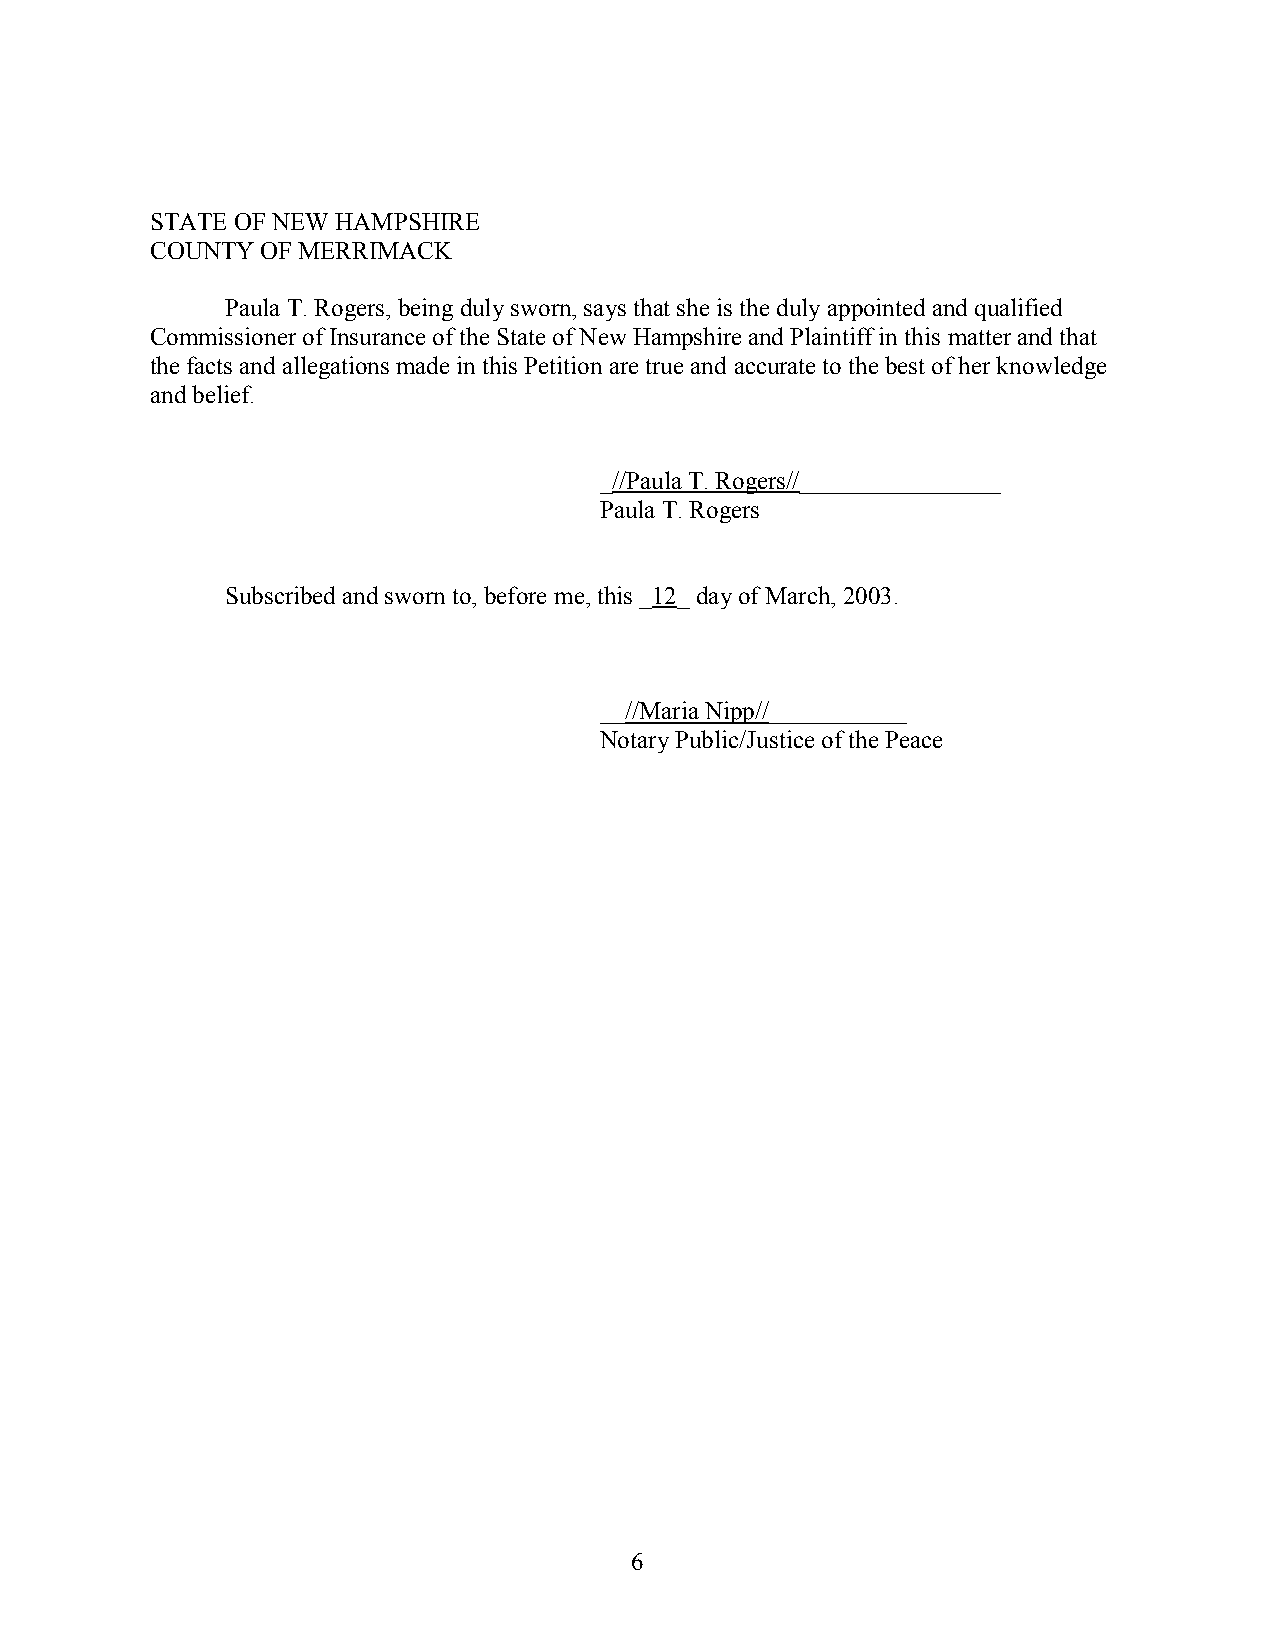
STATE OF NEW HAMPSHIRE
 COUNTY OF MERRIMACK
 Paula T. Rogers, being duly sworn, says that she is the duly appointed and qualified
 Commissioner of Insurance of the State of New Hampshire and Plaintiff in this matter and that
 the facts and allegations made in this Petition are true and accurate to the best of her knowledge
 and belief.
 _//Paula T. Rogers//________________
 Paula T. Rogers
 Subscribed and sworn to, before me, this _12_ day of March, 2003.
 __//Maria Nipp//___________
 Notary Public/Justice of the Peace
 6